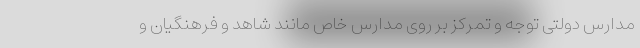
مدارس دولتی توجه و تمرکز بر روی مدارس خاص مانند شاهد و فرهنگیان و